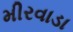
મીરવાડા